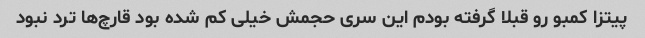
پیتزا کمبو رو قبلا گرفته بودم این سری حجمش خیلی کم شده بود قارچ‌ها ترد نبود